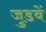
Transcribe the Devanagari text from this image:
जुडवें